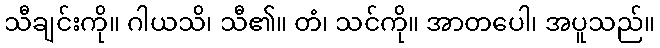
သီချင်းကို။ ဂါယသိ၊ သီ၏။ တံ၊ သင်ကို။ အာတပေါ၊ အပူသည်။